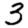
Digit: 3